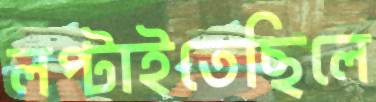
লপ্‌টাইতেছিলে